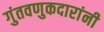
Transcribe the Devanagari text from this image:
गुंतवणुकदारांनी